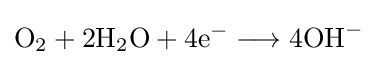
\mathrm {O} _{2}+\mathrm {2H} _{2}\mathrm {O} +\mathrm {4e} ^{-}\longrightarrow \mathrm {4OH} ^{-}